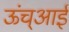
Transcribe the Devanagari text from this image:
ऊंच्आई